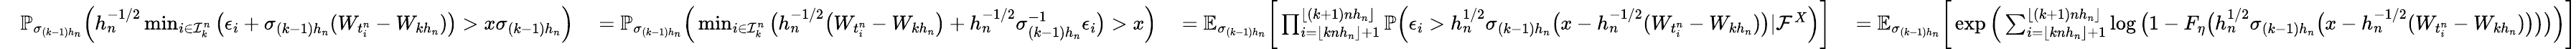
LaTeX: \begin{array}{rlrlr}&{\mathbb{P}_{\sigma_{(k-1)h_{n}}}\Big(h_{n}^{-1/2}\operatorname*{min}_{i\in\mathcal{I}_{k}^{n}}\big(\epsilon_{i}+\sigma_{(k-1)h_{n}}(W_{t_{i}^{n}}-W_{kh_{n}})\big)>x\sigma_{(k-1)h_{n}}\Big)\ }&{=\mathbb{P}_{\sigma_{(k-1)h_{n}}}\Big(\operatorname*{min}_{i\in\mathcal{I}_{k}^{n}}\big(h_{n}^{-1/2}\big(W_{t_{i}^{n}}-W_{kh_{n}}\big)+h_{n}^{-1/2}\sigma_{(k-1)h_{n}}^{-1}\epsilon_{i}\big)>x\Big)\ }&{=\mathbb{E}_{\sigma_{(k-1)h_{n}}}\bigg[\prod_{i=\lfloor knh_{n}\rfloor+1}^{\lfloor(k+1)nh_{n}\rfloor}\mathbb{P}\Big(\epsilon_{i}>h_{n}^{1/2}\sigma_{(k-1)h_{n}}\big(x-h_{n}^{-1/2}(W_{t_{i}^{n}}-W_{kh_{n}})\big)|\mathcal{F}^{X}\Big)\bigg]\ }&{=\mathbb{E}_{\sigma_{(k-1)h_{n}}}\bigg[\exp\Big(\sum_{i=\lfloor knh_{n}\rfloor+1}^{\lfloor(k+1)nh_{n}\rfloor}\log\big(1-F_{\eta}\big(h_{n}^{1/2}\sigma_{(k-1)h_{n}}\big(x-h_{n}^{-1/2}(W_{t_{i}^{n}}-W_{kh_{n}})\big)\big)\big)\Big)\bigg]}\end{array}